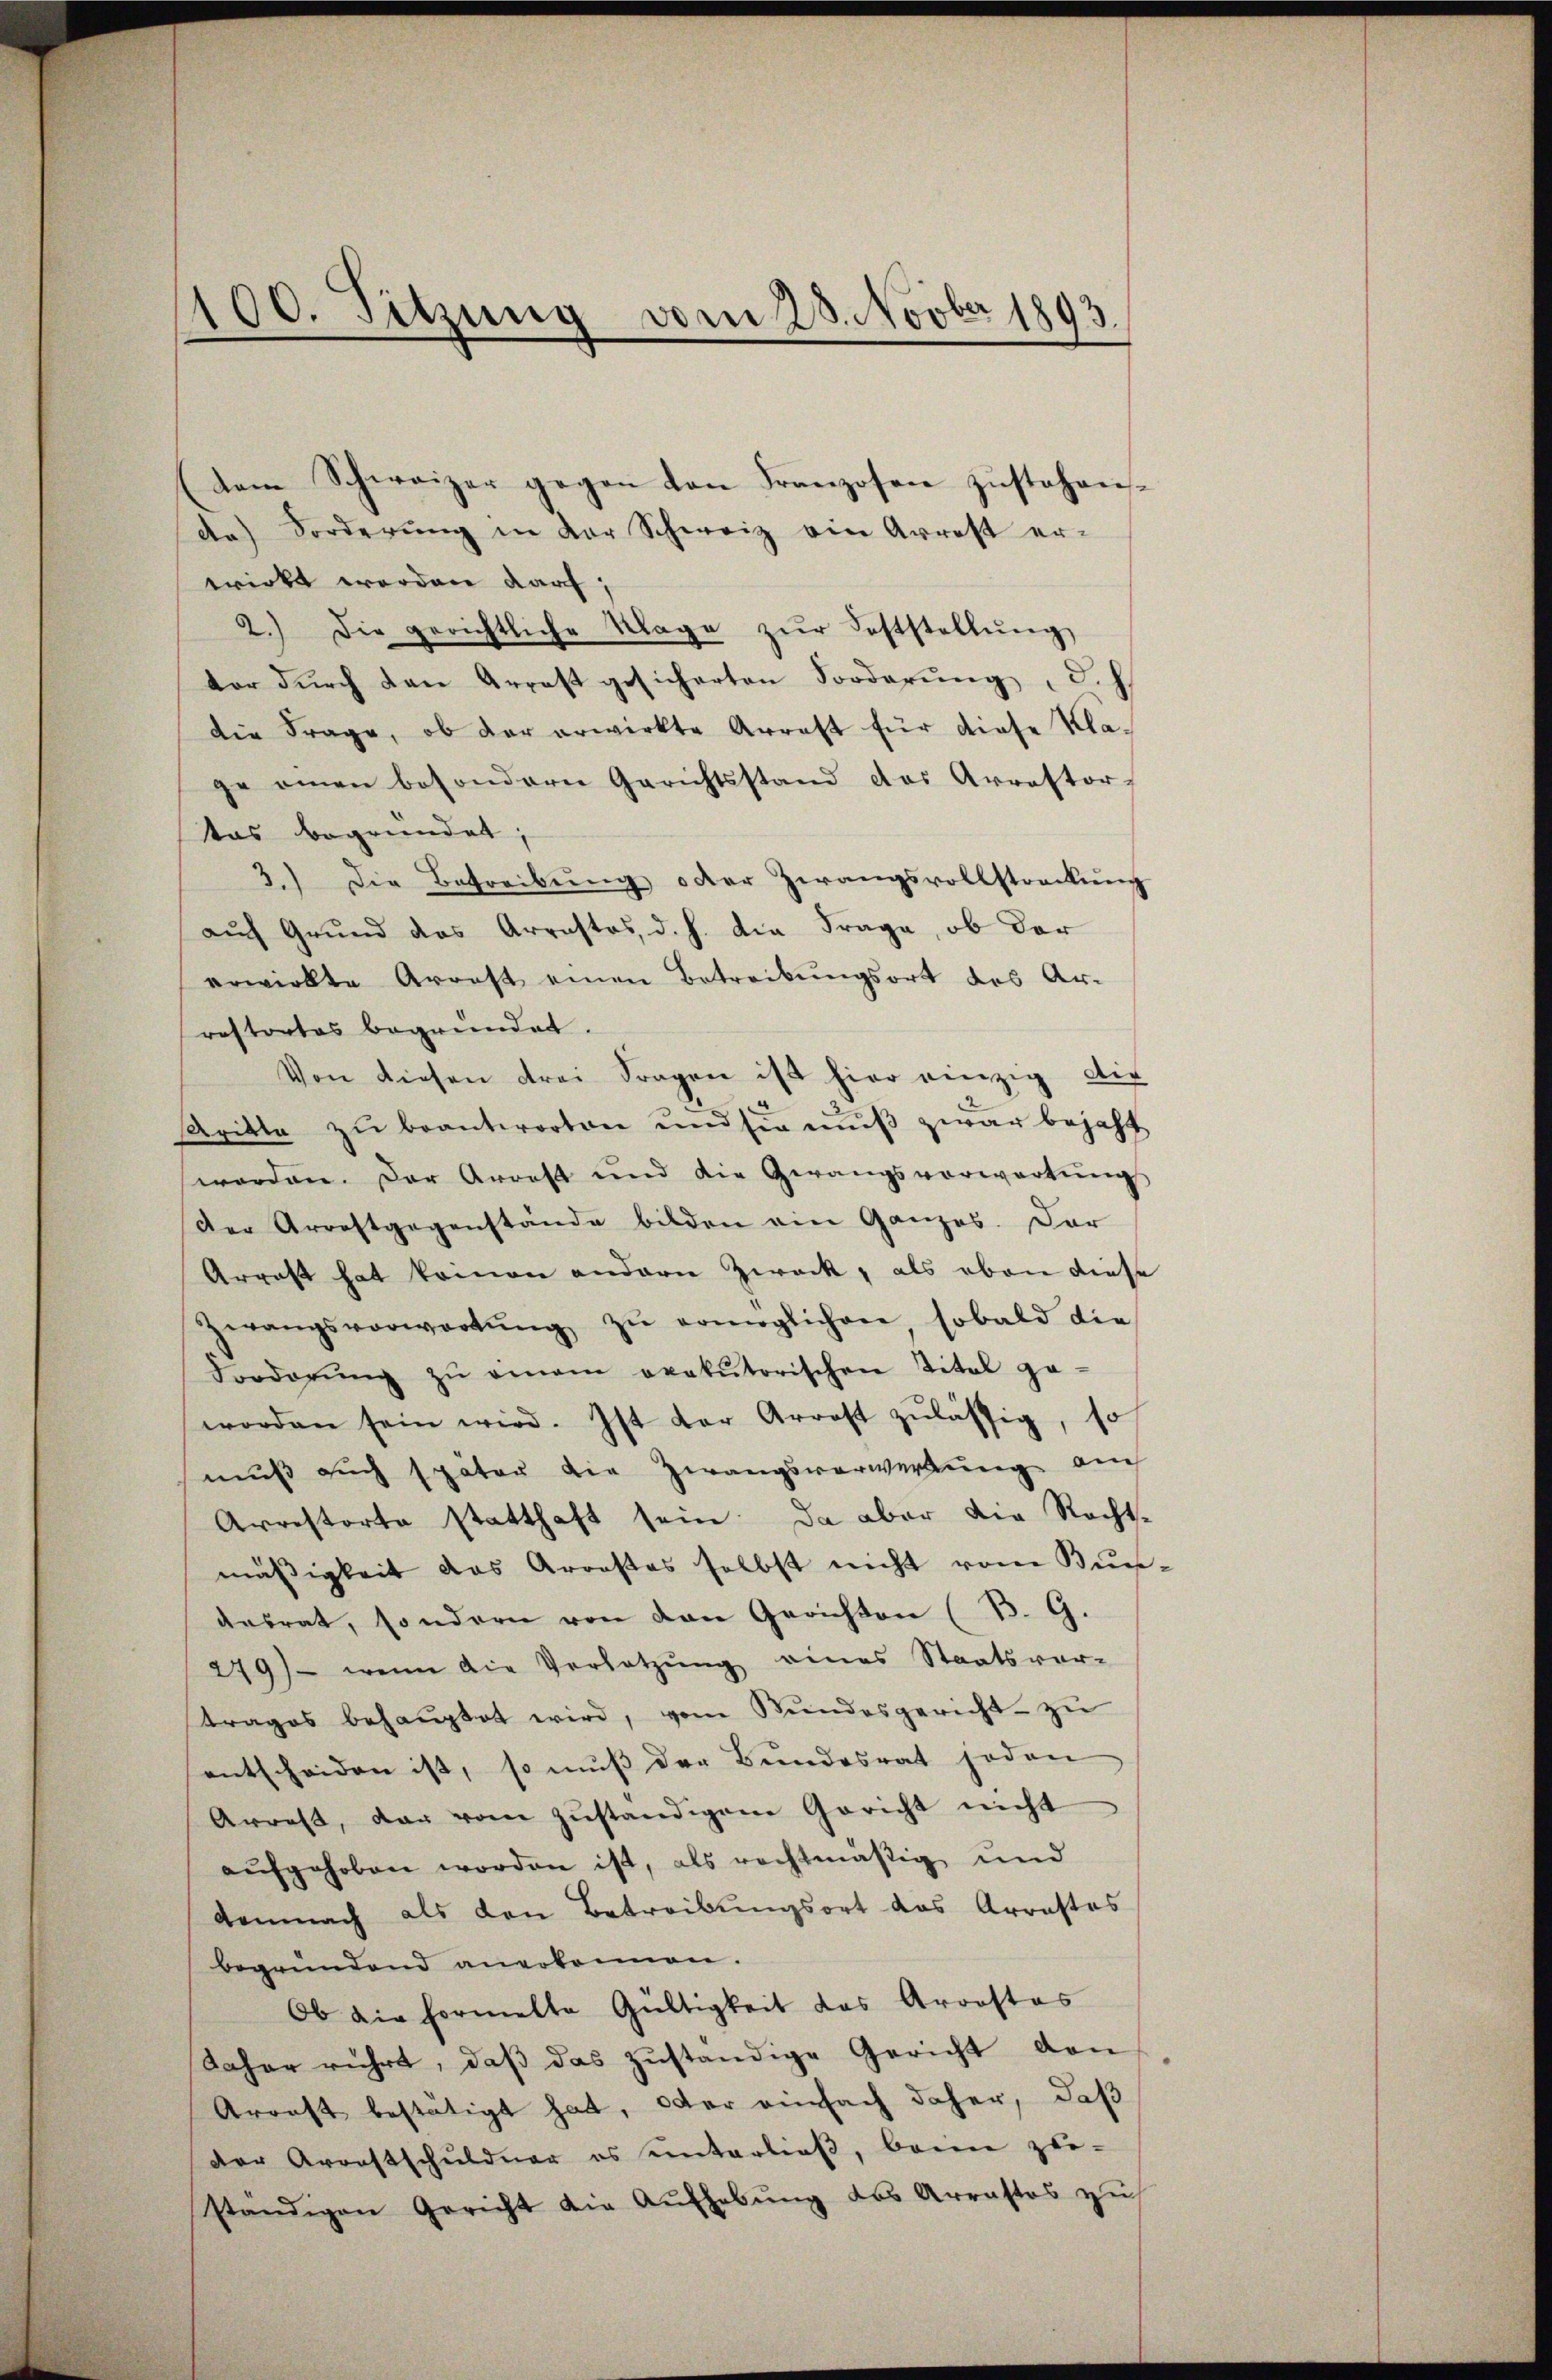
100. Sitzung vom 28. Novber 1893.

dem Schweizer gegen von Franzosen zŭstehen-
de Forderung in der Schweiz ein Arrest er-
wirkt werden darf;
2.) Die gerichtliche Klage zŭr Feststellŭng
ter dŭrch den Arrest gesicherten Forderŭng, d. J.
die Frage, ob der erwirkte Arrest für diese Kla-
ge einen besondern Gerichtsstand das Arrestor-
tas begründet,
3.) Die Betreibŭng oder Zwangsvollstreckŭng
auf Grund das Arrestos, d. h. die Frage, ob der
erwirkte Arrest einen Betreibungsort des Ar-
restortes begründet.
Von diesen drei Fragen ist hier einzig die
Aritte zu beantworten und sie muß zwar bejaht
worden. Der Arrest und die Gerangsverwartŭngs
der Arrestgegenstände bilden ein Ganzes. Dar
Arrest hat keinen andern Zweck, als eben diese
Zwangsverwortŭng zŭ ermöglichen sobald die
Dorderŭng zŭ einem exakŭtorischen Titel pa-
worden sein wird. Ist der Arrest zulässig, so
muß auch später die Zwangsverwerbung auch
Arrestorte statthaft sein. Da aber die Recht-
mäßigkeit das Arrestes selbst nicht vom Bun-
desrat, sondern von den Gerichten (B. G.
279) wenn die Verletzŭng eines Staatsver-
trages behauptet wird, vom Stundesgericht zu
entscheiden ist, so muß der Bundesrat sodan
Arrest, dar vom zŭständigen Gericht nicht
aŭfgehoben worden ist, als rechtmäßig und
demnach als den Betreibungsort das Arrastes
begründend anerkennen.
Ob die Formelte Gültigkeit das Arrestas
daher rührt, daß das zuständige Gericht den
Arrast bestätigt hat, oder einfach daher, daß
der Arrestschuldner es einterlieβ, beim zwi-
ständigen Gericht die Aŭfhebŭng des Arrastes zŭ